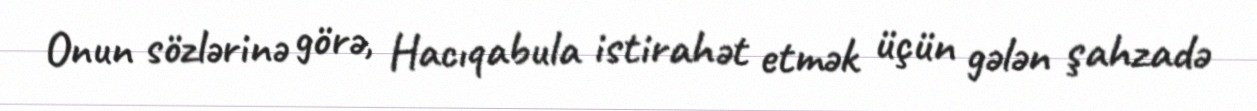
Onun sözlərinə görə, Hacıqabula istirahət etmək üçün gələn şahzadə